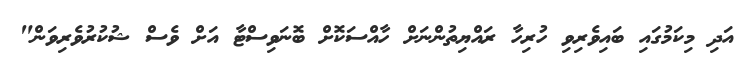
އަދި މިކަމުގައި ބައިވެރިވި ހުރިހާ ރައްޔިތުންނަށް ހާއްސަކޮށް ބޮނަވިސްޓާ އަށް ވެސް ޝުކުރުވެރިވަން"